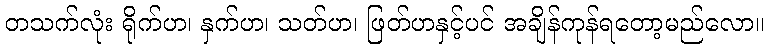
တသက်လုံး ရိုက်ဟ၊ နှက်ဟ၊ သတ်ဟ၊ ဖြတ်ဟနှင့်ပင် အချိန်ကုန်ရတော့မည်လော။